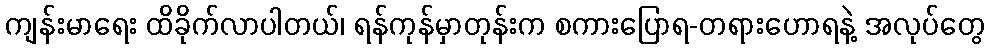
ကျန်းမာရေး ထိခိုက်လာပါတယ်၊ ရန်ကုန်မှာတုန်းက စကားပြောရ-တရားဟောရနဲ့ အလုပ်တွေ